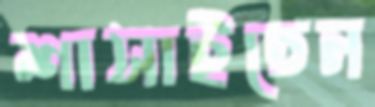
শাসাইতেন